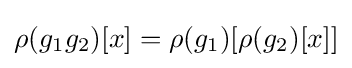
\rho (g_{1}g_{2})[x]=\rho (g_{1})[\rho (g_{2})[x]]